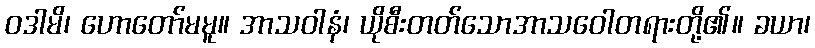
ဝဒါမိ၊ ဟောတော်မမူ။ အာသဝါနံ၊ ယိုစီးတတ်သောအာသဝေါတရားတို့၏။ ခယာ၊